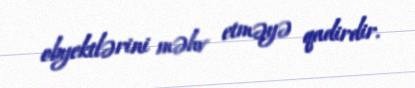
obyektlərini məhv etməyə qadirdir.